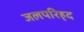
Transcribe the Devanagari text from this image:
जलपरिहृद